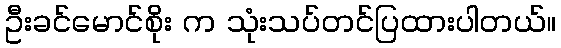
ဦးခင်မောင်စိုး က သုံးသပ်တင်ပြထားပါတယ်။